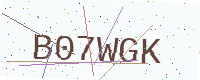
Text: B07WGK